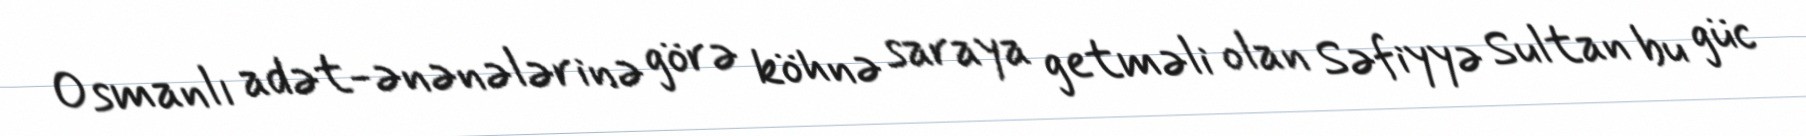
Osmanlı adət-ənənələrinə görə köhnə saraya getməli olan Səfiyyə Sultan bu güc